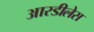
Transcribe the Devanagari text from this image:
आरडीलेस